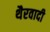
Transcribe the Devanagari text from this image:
थैरवादी